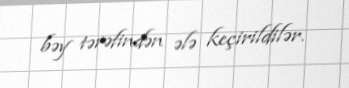
bəy tərəfindən ələ keçirildilər.